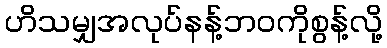
ဟိသမျှအလုပ်နန့်ဘဝကိုစွန့်လို့